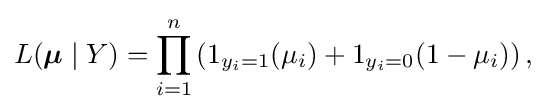
L({\boldsymbol {\mu }}\mid Y)=\prod _{i=1}^{n}\left(1_{y_{i}=1}(\mu _{i})+1_{y_{i}=0}(1-\mu _{i})\right),\,\!